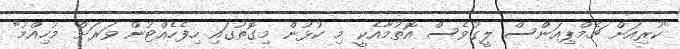
"ކުރިއަށް ޗެމްޕިއަންސް ލީގުވެސް އޮތުމާއެކީ މި ކުޅުން މިގޮތުގައި ހިފެހެއްޓުން ވަރަށް މުހިއްމު"